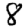
Digit: 8